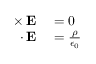
\begin{array} { r l } { \mathbf { \nabla \times E } } & { { } = 0 } \\ { \mathbf { \nabla \cdot E } } & { { } = { \frac { \rho } { \epsilon _ { 0 } } } } \end{array}